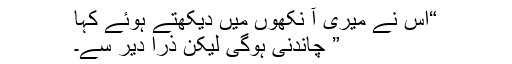
“اس نے میری آ نکھوں میں دیکھتے ہوئے کہا
” چاندنی ہوگی لیکن ذرا دیر سے۔